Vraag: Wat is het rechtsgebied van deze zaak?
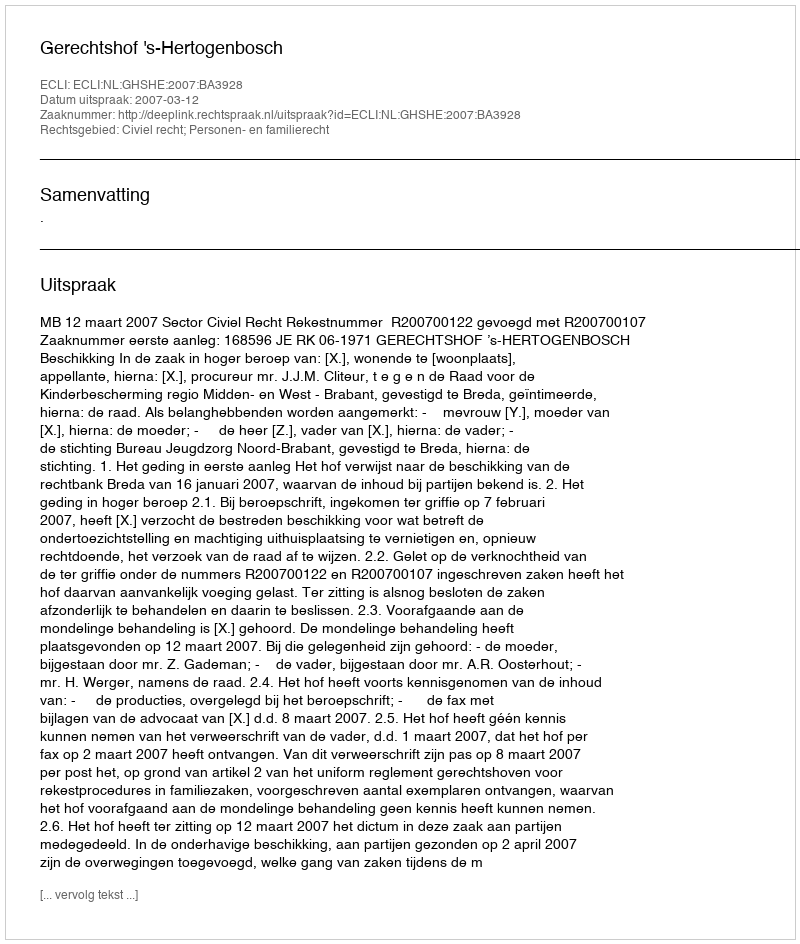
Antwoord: Civiel recht; Personen- en familierecht